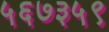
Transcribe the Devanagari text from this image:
५६७३५९